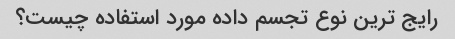
رایج ترین نوع تجسم داده مورد استفاده چیست؟